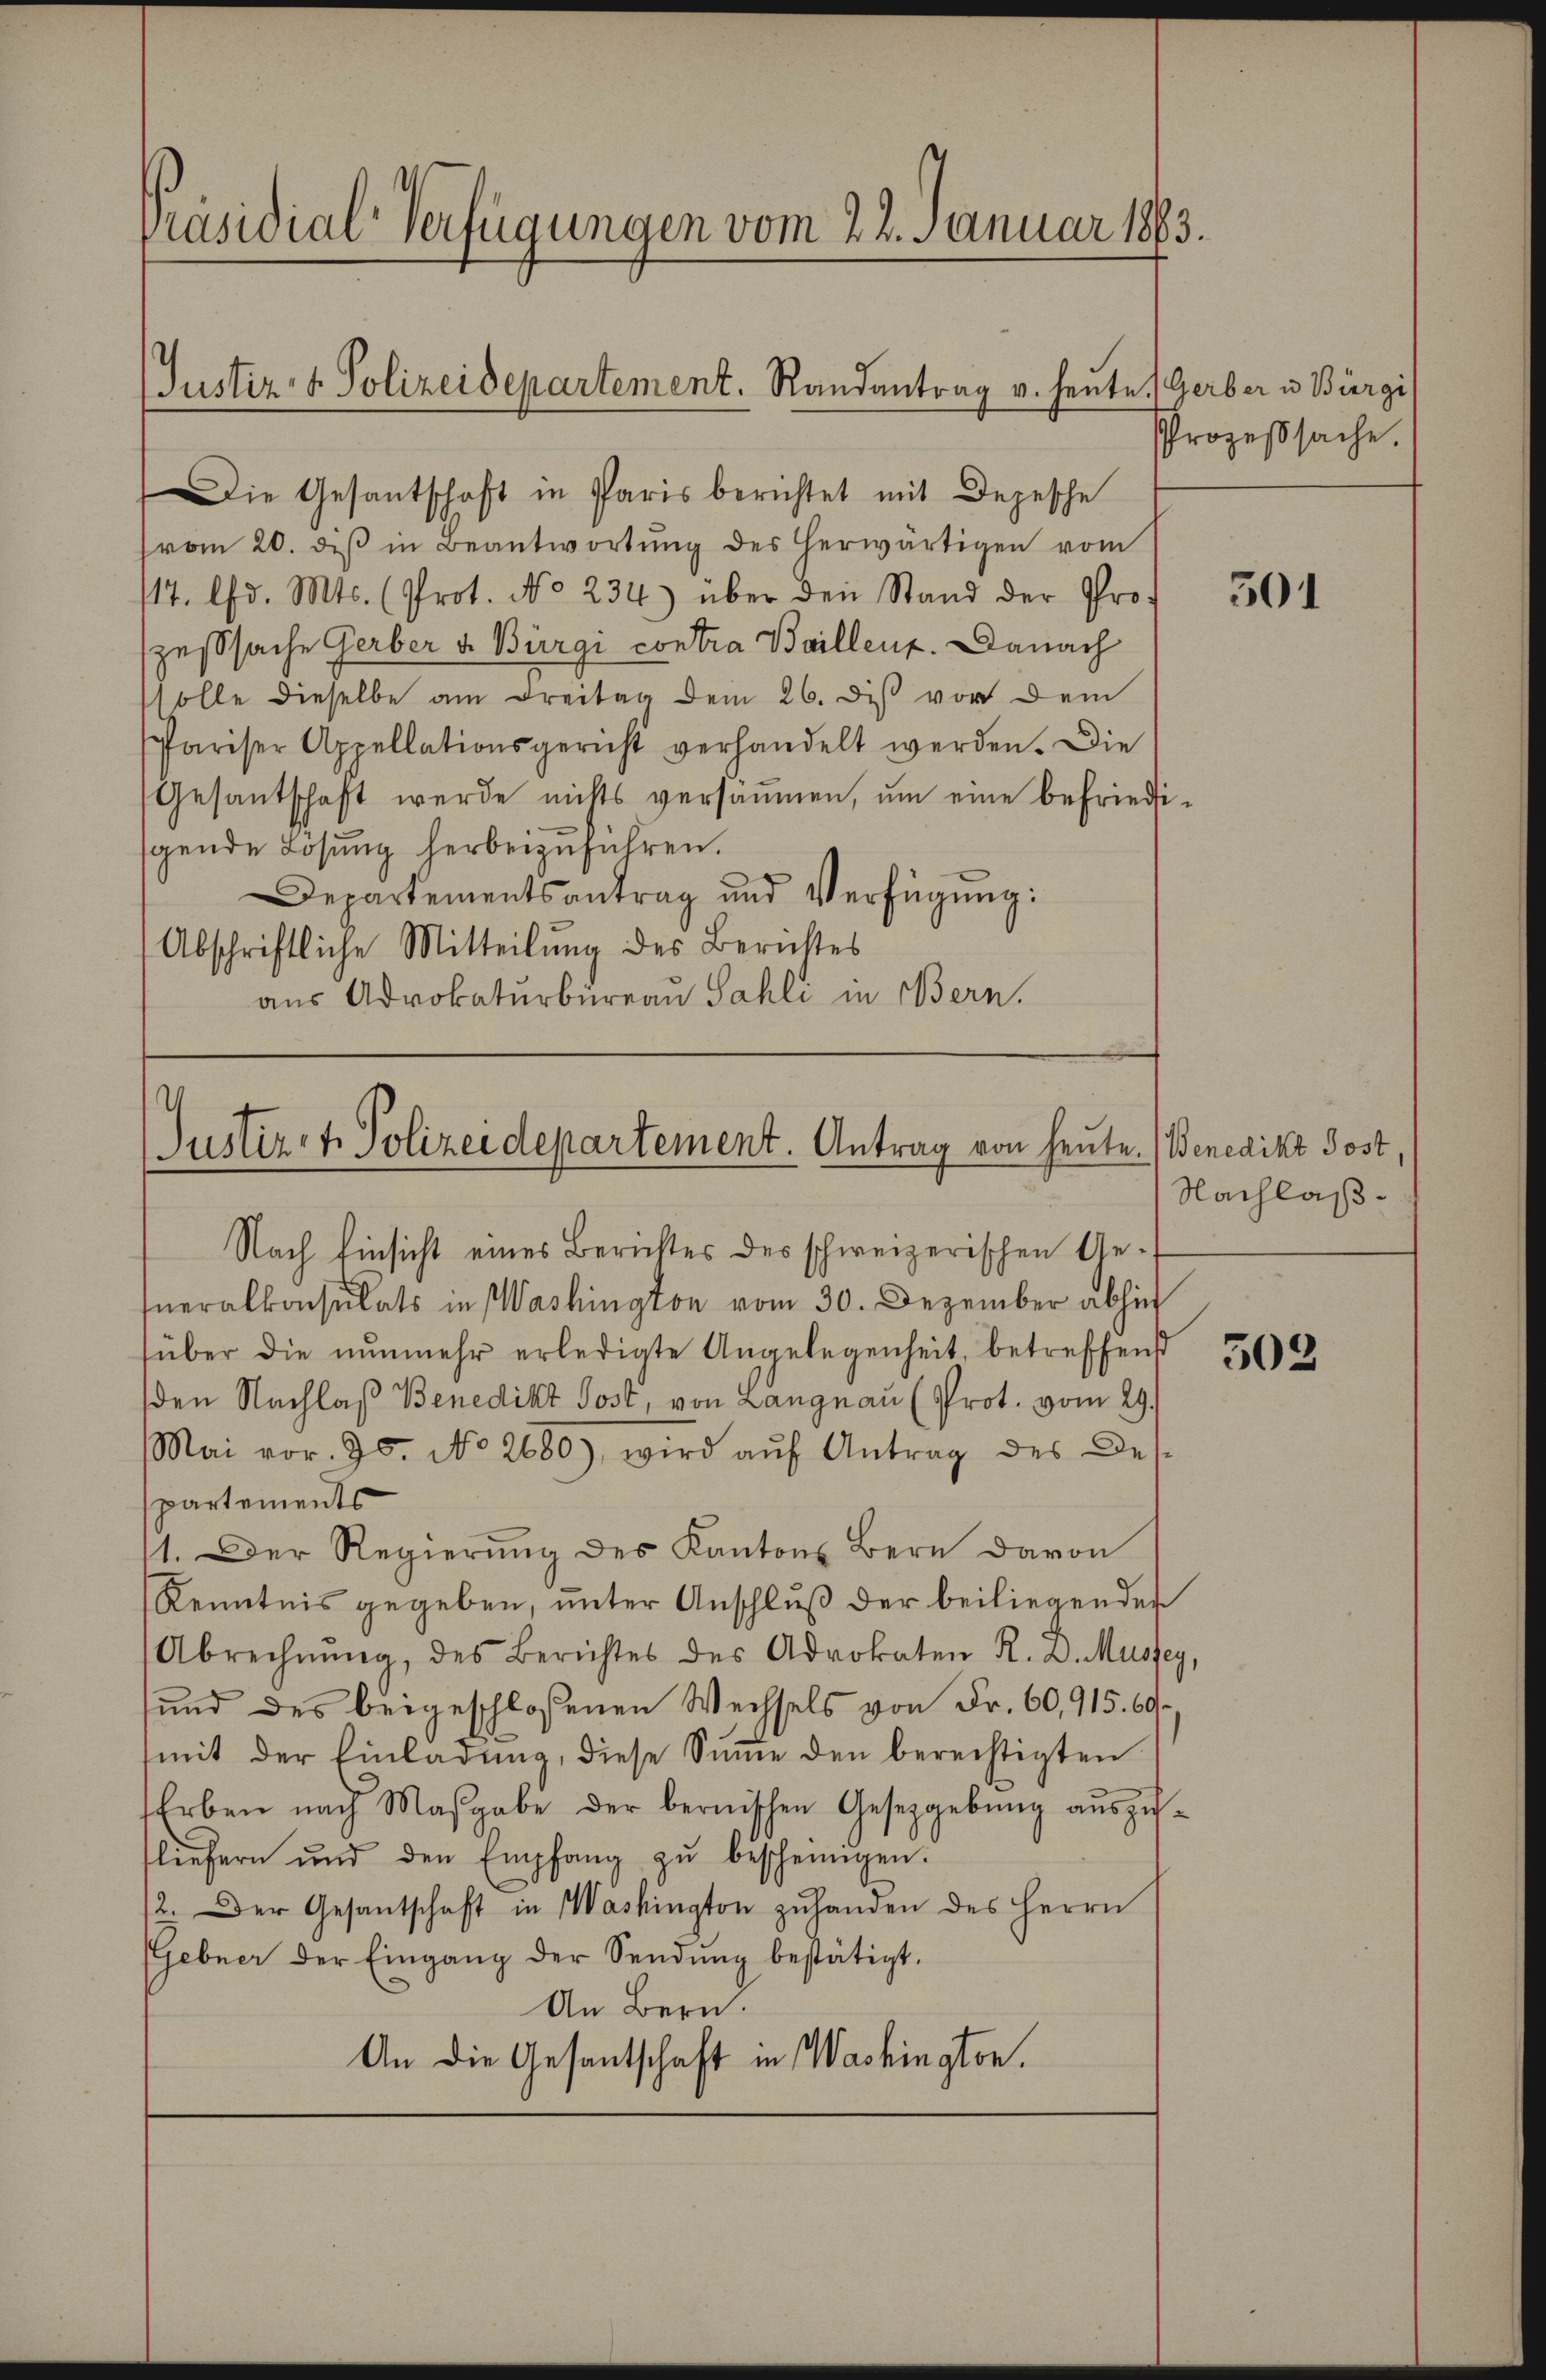
Präsidial-Verfügungen vom 22. Januar 1883.

Die Gesantschaft in Paris berichtet mit Depesche
(vom 20. diβ in Beantwortŭng des herwärtigen vom
117. d. Mts. (Prot. No 234.) über den Stand der Prozesssache Gerber v. Bürgi contra Baillenz. Danach
solle dieselbe am Freitag dem 26. dis vor dem
Pariser Appellationsgericht verhandelt werden. Die
Gesantschaft werde nichts versammen, um eine befriedigende Lösung herbeizuführen.
Departementsantrag und Verfügung:
Abschriftliche Mitteilung des Berichtes
aus Advokaturbüreau Sahli in Bern.

Justiz- & Polizeidepartement. Randantrag v. heute Gerber u. Bürgi

Justiz- u. Polizeidepartement. Antrag von heute.

Nach Einsicht eines Berichtes des schweizerischen Generalkonsulats in Washington vom 30. Dezember abhin
über die nŭnmehr erledigte Angelegenheit, betreffend
den Nachlaβ Benedikt Post, von Langnau (Prot. vom 29.
Mai vor. 25. No 2680), wird auf Antrag des Desspartements
11. Der Regierŭng des Kantons Bern davon
Kenntnis gegeben, ŭnter Anschlŭβ der beiliegenden
Abrechnŭng, des Berichtes des Advokaten R. D. Mussey,
und des beigeschlossenen Wechsels von Fr. 60,915. 60
mit der Einladŭng, diese Sŭṁe den berechtigten
Erben nach Maβgabe der bernischen Gesetzgebŭng aŭszŭ-
fliefern und den Empfang zŭ bescheinigen.
2. Der Gesantschaft in Washington zŭ handen des Herrn
Gebner der Eingang der Sendŭng bestätigt.
An Bern.
An die Gesantschaft in Washington.

Prozeßsache.

301

Benedikt Post,
Nachlaß¬

502